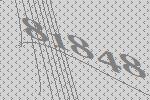
81848